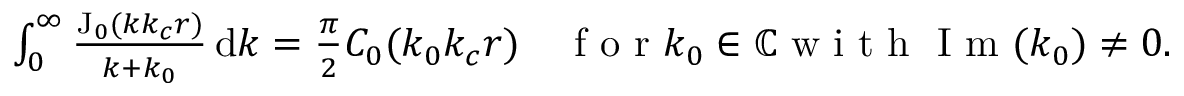
\begin{array} { r } { \int _ { 0 } ^ { \infty } \frac { \mathrm { J } _ { 0 } ( k k _ { c } r ) } { k + k _ { 0 } } \, \mathrm { d } k = \frac { \pi } { 2 } C _ { 0 } ( k _ { 0 } k _ { c } r ) \quad \mathrm { ~ f ~ o ~ r ~ } k _ { 0 } \in \mathbb { C } \mathrm { ~ w ~ i ~ t ~ h ~ } \mathrm { ~ I ~ m ~ } ( k _ { 0 } ) \neq 0 . } \end{array}